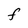
Character: F